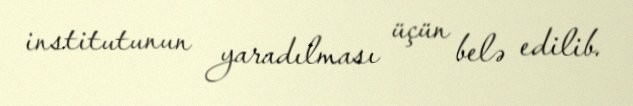
institutunun yaradılması üçün belə edilib.